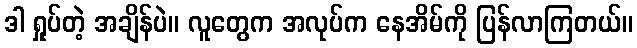
ဒါ ရှုပ်တဲ့ အချိန်ပဲ။ လူတွေက အလုပ်က နေအိမ်ကို ပြန်လာကြတယ်။